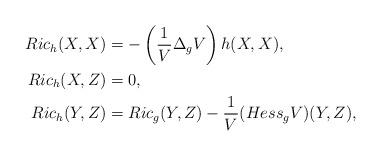
LaTeX: \begin{align*} Ric_{h}(X,X) & = -\left(\frac{1}{V}\Delta_{g}V\right) h(X,X), \\ Ric_{h}(X,Z) & = 0, \\ Ric_{h}(Y,Z) & = Ric_{g}(Y,Z) - \frac{1}{V}(Hess_{g} V)(Y,Z), \end{align*}